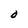
Character: 6